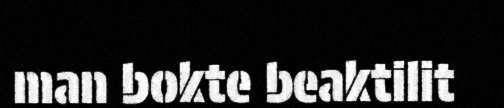
man bokte beaktilit